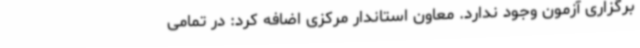
برگزاری آزمون وجود ندارد. معاون استاندار مرکزی اضافه کرد: در تمامی